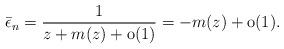
LaTeX: \begin{align*} \bar{\epsilon}_n=\frac{1}{z+m(z)+\mathrm{o}(1)}=-m(z)+\mathrm{o}(1). \end{align*}